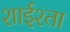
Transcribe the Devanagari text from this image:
शाईश्ता